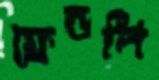
ফ্রেন্ডলি